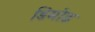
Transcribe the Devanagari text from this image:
डिमोड